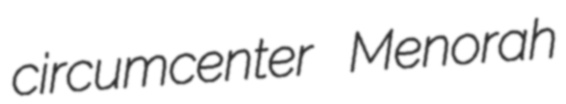
circumcenter Menorah